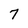
Character: 7